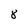
Character: 8